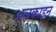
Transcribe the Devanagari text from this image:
अलकाइन